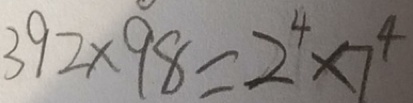
3 9 2 \times 9 8 = 2 ^ { 4 } \times 7 ^ { 4 }